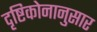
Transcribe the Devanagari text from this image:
दृष्टिकोनानुसार